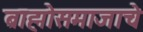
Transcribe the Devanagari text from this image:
ब्राह्मोसमाजाचे